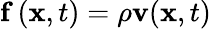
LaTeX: \mathbf{f}\left(\mathbf{x},t\right)=\rho\mathbf{v}(\mathbf{x},t)